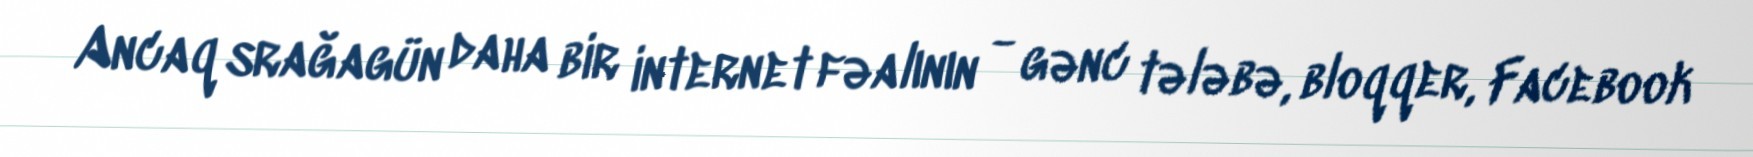
Ancaq srağagün daha bir internet fəalının - gənc tələbə, bloqqer, Facebook